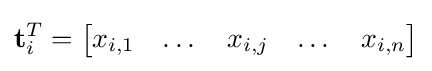
{\textbf {t}}_{i}^{T}={\begin{bmatrix}x_{i,1}&\dots &x_{i,j}&\dots &x_{i,n}\end{bmatrix}}